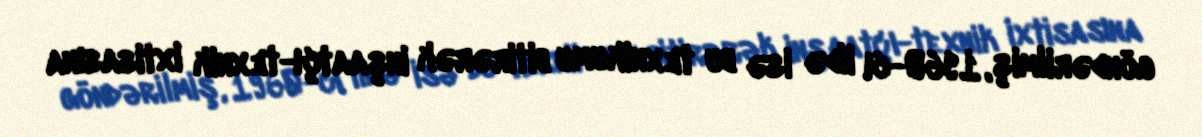
göndərilmiş, 1960-cı ildə isə bu texnikumu bitirərək inşaatçı-texnik ixtisasına